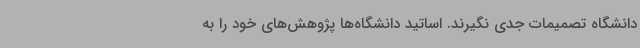
دانشگاه تصمیمات جدی نگیرند. اساتید دانشگاه‌ها پژوهش‌های خود را به